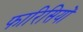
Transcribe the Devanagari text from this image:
फारिसियों